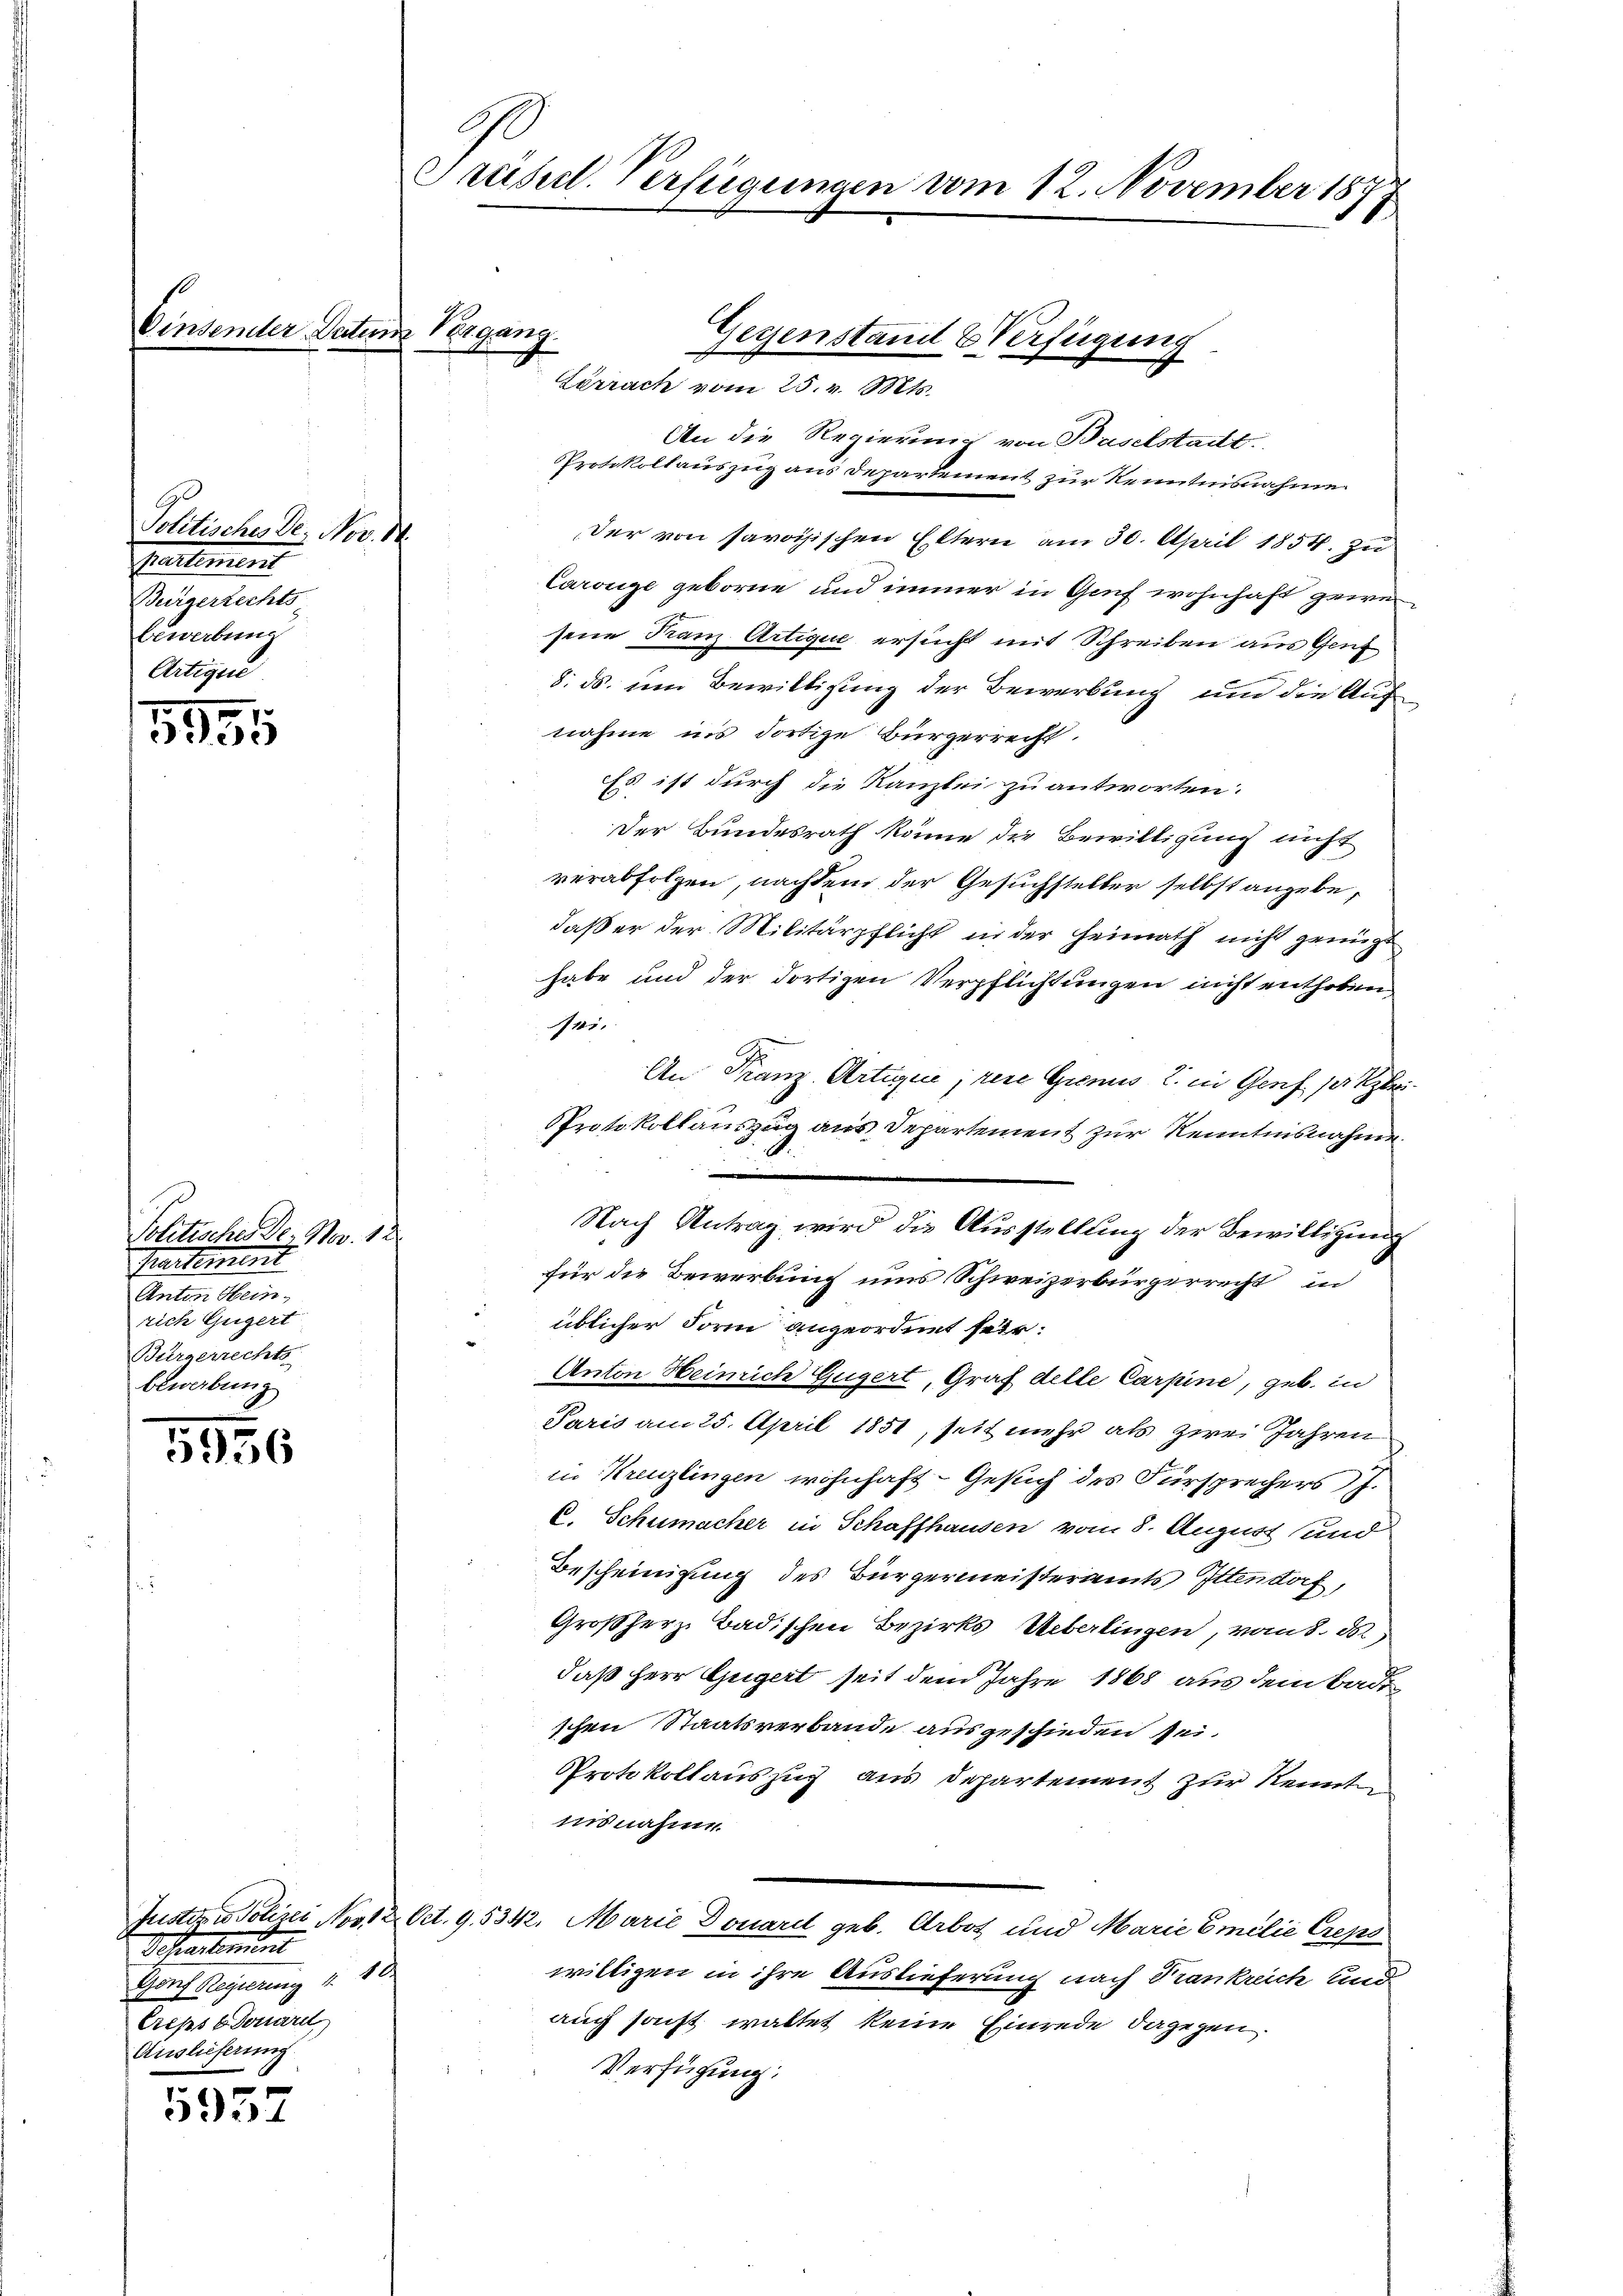
Einsender Datum Vergang.

Politisches Den Nov. M.
Enelement
Bürgerrechts-
bewerbene
Artigun

3994

Politische Dr. Nov. 12
Partement
Anton Hein
rich Gugert
Bürgerrechts
bewerbung

5956

5937

Departement
Gorf Regierung 4. 16
Creps Edouard
Auslieferung

G
Prüseel. Verfügungen vom 12. November 187
.

Gegenstand & Verfügung
Lörrach vom 25. v. Mts.

An die Regierung von Baselstadt.
Protokollauszug aus Departement zur Kenntnisnahme.
Der von savoisischen Eltern am 30. April 1854. zu
Carouge geborne und immer in Genf wohnhaft gewe
sene Franz Artique ersucht mit Schreiben aus Gent
8. ds. um Bewilligung der Bewerbung und die Auf
nahme ins dortige Bürgerrecht.
Es ist durch die Kanzlei zu antworten.
Der Bundesrath könne die Bewilligung nicht
verabfolgen, nachdem der Gesuchsteller selbst angebedaß er der Militärpflicht in der Heimath nicht genügt
habe und der dortigen Verpflichtungen nicht enthoben
ei
An Franz Artique; rene Genus l. in Genf per klei¬
Protokollauszug aus Departement zur Kenntnisnahme.
für die Bewerbung ums Schweizerbürgerrecht in
üblicher Form angeordnet sein.
Anton Heinrich Gugert, Graf delle Carpine, geb. in
Paris am 25. April 1851, seit mehr als zwei Jahren
in Kreuzlingen wohnhaft- Gesuch des Fürsprechers J.
C. Schumacher in Schaffhausen vom 8. August und
Bescheinigung des Bürgermeisteramts Ittendorf,
Großherz Badischen Bezirks Ueberlingen, vom 8. d.
daß Herr Gugert seit dem Jahre 1868 aus dem Bade
schen Staatsverbande ausgeschieden sei.
Protokollauszug aus Departement zur Renntn
insnahme
Justiz & Polizei No 12 Ort. 9. 5312. Marie Douardt geb. Arbot und Marie Emilie Creps
willigen in ihre Auslieferung nach Trankreich und
auch sonst waltet keine Einrede dagegen.
Verfügung:

Nach Antrag wird die Ausstellung der Bewilligung